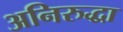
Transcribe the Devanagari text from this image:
अनिरुद्धा